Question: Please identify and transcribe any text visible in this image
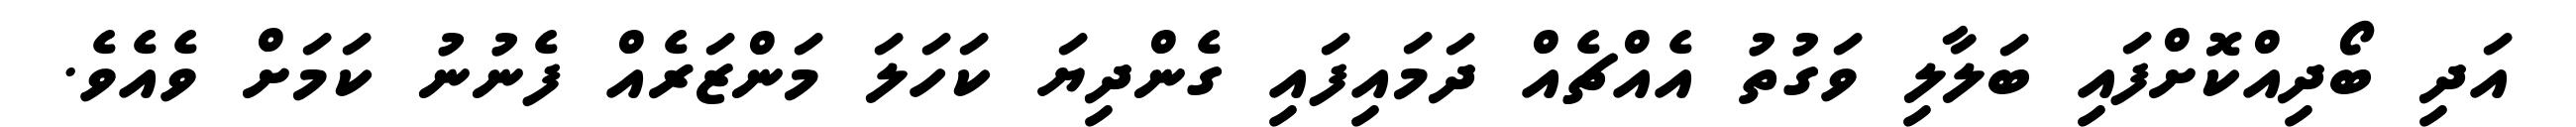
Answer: އަދި ބޯދިއްކޮށްފައި ބަލާލި ވަގުތު އެއްޗެއް ދަމައިފައި ގެންދިޔަ ކަހަލަ މަންޒަރެއް ފެނުނު ކަމަށް ވެއެވެ.